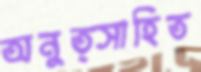
অনুত্সাহিত